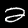
Digit: 2